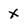
Character: x